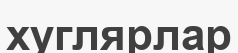
хуглярлар